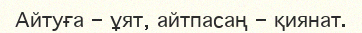
Айтуға - ұят, айтпасаң - қиянат.